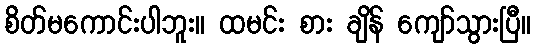
စိတ်မကောင်းပါဘူး။ ထမင်း စား ချိန် ကျော်သွားပြီ။